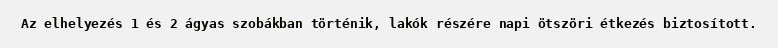
Az elhelyezés 1 és 2 ágyas szobákban történik, lakók részére napi ötszöri étkezés biztosított.